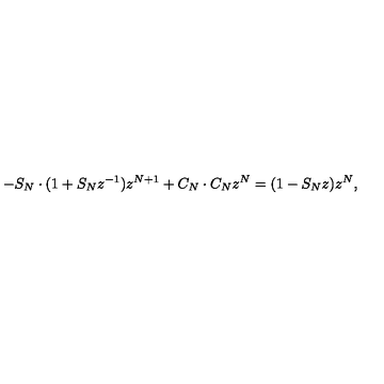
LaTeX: - S _ { N } \cdot ( 1 + S _ { N } z ^ { - 1 } ) z ^ { N + 1 } + C _ { N } \cdot C _ { N } z ^ { N } = ( 1 - S _ { N } z ) z ^ { N } ,